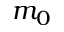
m _ { 0 }